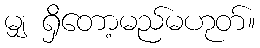
မျှ ရှိတော့မည်မဟုတ်။